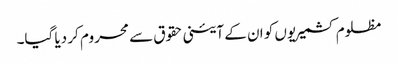
مظلوم کشمیریوں کو ان کے آئینی حقوق سے محروم کر دیا گیا۔